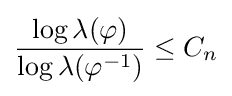
{\frac {\log \lambda (\varphi )}{\log \lambda (\varphi ^{-1})}}\leq C_{n}